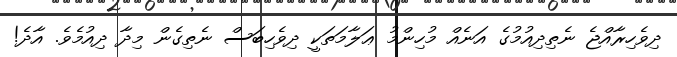
ދިވެހިރާއްޖެ ނެތިދިއުމުގެ އަނެއް މުހިންމު ޢަލާމަތަކީ ދިވެހިބަސް ނެތިގެން މިދާ ދިއުމެވެ. އާދެ!